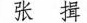
张揖